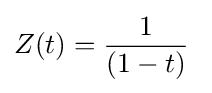
Z(t)={\frac {1}{(1-t)}}\